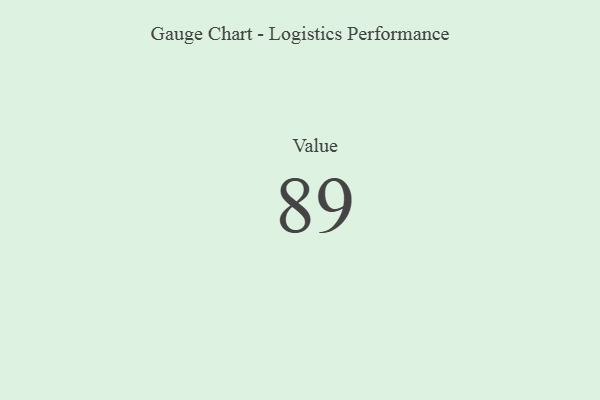
{"axis": {"x": "Metric", "y": "Value"}, "legend": [""], "data": [{"x": "Value", "y": 89, "type": ""}]}